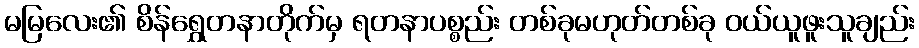
မမြလေး၏ စိန်ရွှေတနာတိုက်မှ ရတနာပစ္စည်း တစ်ခုမဟုတ်တစ်ခု ဝယ်ယူဖူးသူချည်း